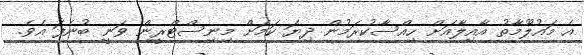
އެ މައުލޫމާތު އާއިލާއަށް ހިއްސާކުރަމުން ދިޔަ ކަމަށް މިނިސްޓްރީން ވަނީ ބުނެފަ އެވެ.